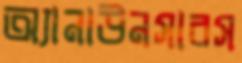
অ্যানাউনসারস